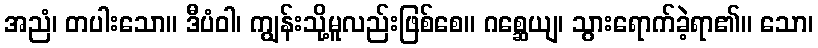
အညံ၊ တပါးသော။ ဒီပံဝါ၊ ကျွန်းသို့မူလည်းဖြစ်စေ။ ဂစ္ဆေယျ၊ သွားရောက်ခဲ့ရာ၏။ သော၊